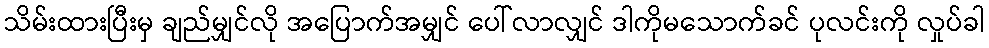
သိမ်းထားပြီးမှ ချည်မျှင်လို အပြောက်အမျှင် ပေါ်လာလျှင် ဒါကိုမသောက်ခင် ပုလင်းကို လှုပ်ခါ